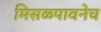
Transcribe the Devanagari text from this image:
मिसळपावनेच